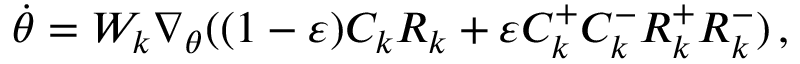
\begin{array} { r } { \dot { \theta } = W _ { k } \nabla _ { \theta } ( ( 1 - \varepsilon ) C _ { k } R _ { k } + \varepsilon C _ { k } ^ { + } C _ { k } ^ { - } R _ { k } ^ { + } R _ { k } ^ { - } ) \, , } \end{array}